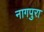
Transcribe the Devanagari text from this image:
नागपुरा